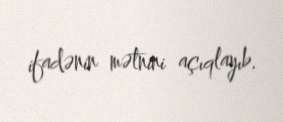
ifadənin mətnini açıqlayıb.